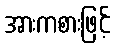
အားကစားဖြင့်